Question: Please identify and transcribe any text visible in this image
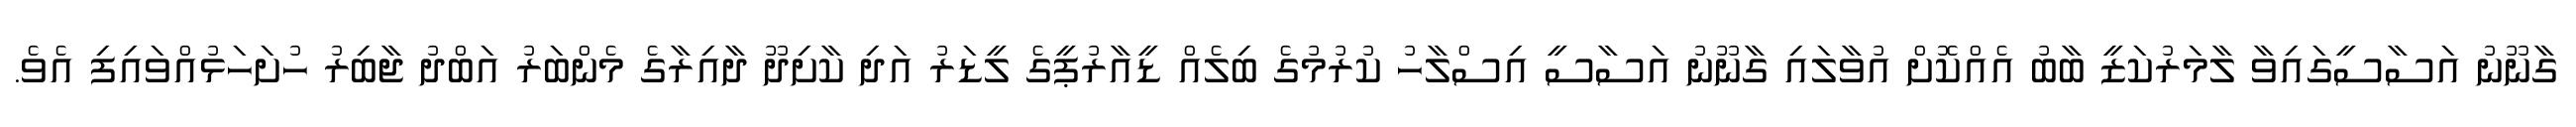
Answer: ގާނޫނު އަސާސީގައިވާ ލާމަރުކަޒީ ބާބު އެއްކޮށް އުވާލައި ގާނޫނު އަސާސީ އިސްލާހު ކުރުމުގެ ބިލެއް ޑީއާރުޕީގެ ލީޑަރު އަދި ކާށިދޫ ދާއިރާގެ މެންބަރު އަބްދު ޖާބިރު ހުށަހަޅުއްވައިފި އެވެ.